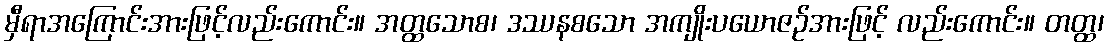
မှီရာအကြောင်းအားဖြင့်လည်းကောင်း။ အတ္ထသောစ၊ ဒဿနစသော အကျိုးပယောဇဉ်အားဖြင့် လည်းကောင်း။ တတ္ထ၊